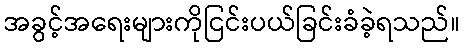
အခွင့်အရေးများကိုငြင်းပယ်ခြင်းခံခဲ့ရသည်။